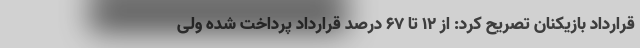
قرارداد بازیکنان تصریح کرد: از ۱۲ تا ۶۷ درصد قرارداد پرداخت شده ولی